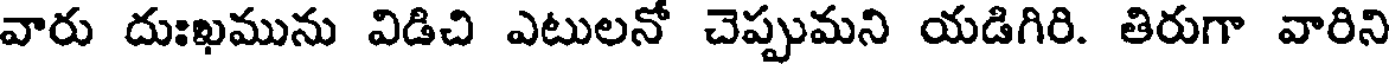
వారు దుఃఖమును విడిచి ఎటులనో చెప్పుమని యడిగిరి. తిరుగా వారిని